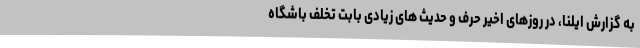
به گزارش ایلنا، در روزهای اخیر حرف و حدیث های زیادی بابت تخلف باشگاه